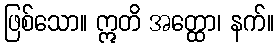
ဖြစ်သော။ ဣတိ အတ္ထော၊ နက်။